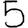
Digit: 5